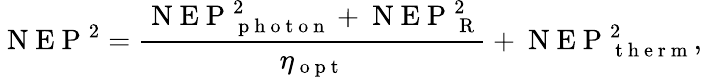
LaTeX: \mathrm{~N~E~P~}^{2}=\frac{\mathrm{~N~E~P~}_{\mathrm{~p~h~o~t~o~n~}}^{2}+\mathrm{~N~E~P~}_{\mathrm{~R~}}^{2}}{\eta_{\mathrm{~o~p~t~}}}+\mathrm{~N~E~P~}_{\mathrm{~t~h~e~r~m~}}^{2},